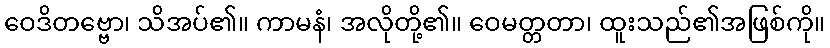
ဝေဒိတဗ္ဗော၊ သိအပ်၏။ ကာမနံ၊ အလိုတို့၏။ ဝေမတ္တတာ၊ ထူးသည်၏အဖြစ်ကို။